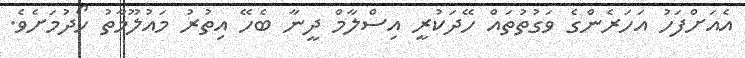
އެއަށްފަހު އަހަރެންގެ ވަގުތުތައް ހޭދަކުރީ އިސްލާމް ދީނާ ބެހޭ އިތުރު މައުލޫމާތު ހޯދުމަށެވެ.